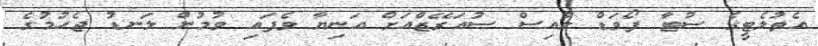
އެތުލެޓީގެ ސުޓާ ފޯވަޑް ލުއިސް ސުއަރޭޒްއަށް އަނިޔާ ވެފައި ވުމުން ލަނޑު ޖެހުމުގެ